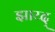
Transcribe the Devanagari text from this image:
झाय्द्